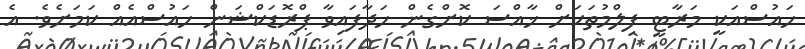
ހައުސްއަކީ މަރާޓީ ފިލްމުތަކަށް ޚާއްސަ ކޮށްގެން ހަދާފައިވާ ޕްރޮޑަކްޝަން ހައުސްއެއް ކަމަށެވެ. އެ